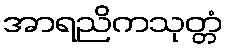
အာရညိကသုတ္တံ